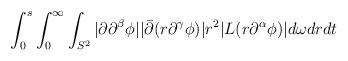
LaTeX: \begin{align*} \begin{aligned} \int_0^s \int_0^\infty \int_{S^2} |\partial \partial^\beta \phi| |\bar \partial (r \partial^\gamma \phi)| r^2 |L(r \partial^\alpha \phi)| d \omega d r d t \end{aligned}\end{align*}